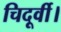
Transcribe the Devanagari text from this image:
चिदूर्वी।